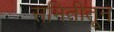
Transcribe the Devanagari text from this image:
समितीतून